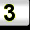
Digit: 3